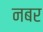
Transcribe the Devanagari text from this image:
नबर